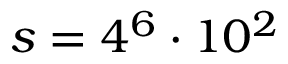
s = 4 ^ { 6 } \cdot 1 0 ^ { 2 }